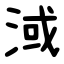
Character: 淢